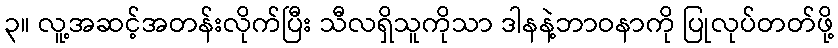
၃။ လူ့အဆင့်အတန်းလိုက်ပြီး သီလရှိသူကိုသာ ဒါနနဲ့ဘာဝနာကို ပြုလုပ်တတ်ဖို့